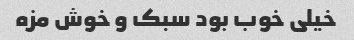
خیلی خوب بود سبک و خوش مزه